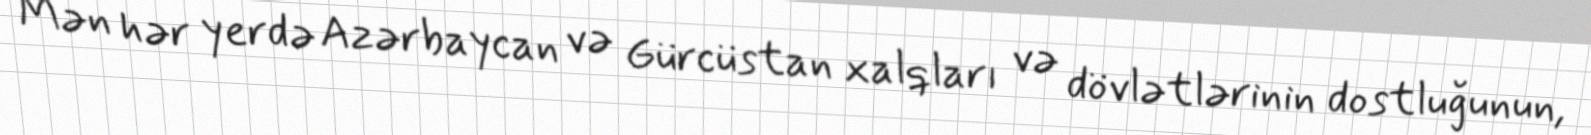
Mən hər yerdə Azərbaycan və Gürcüstan xalqları və dövlətlərinin dostluğunun,